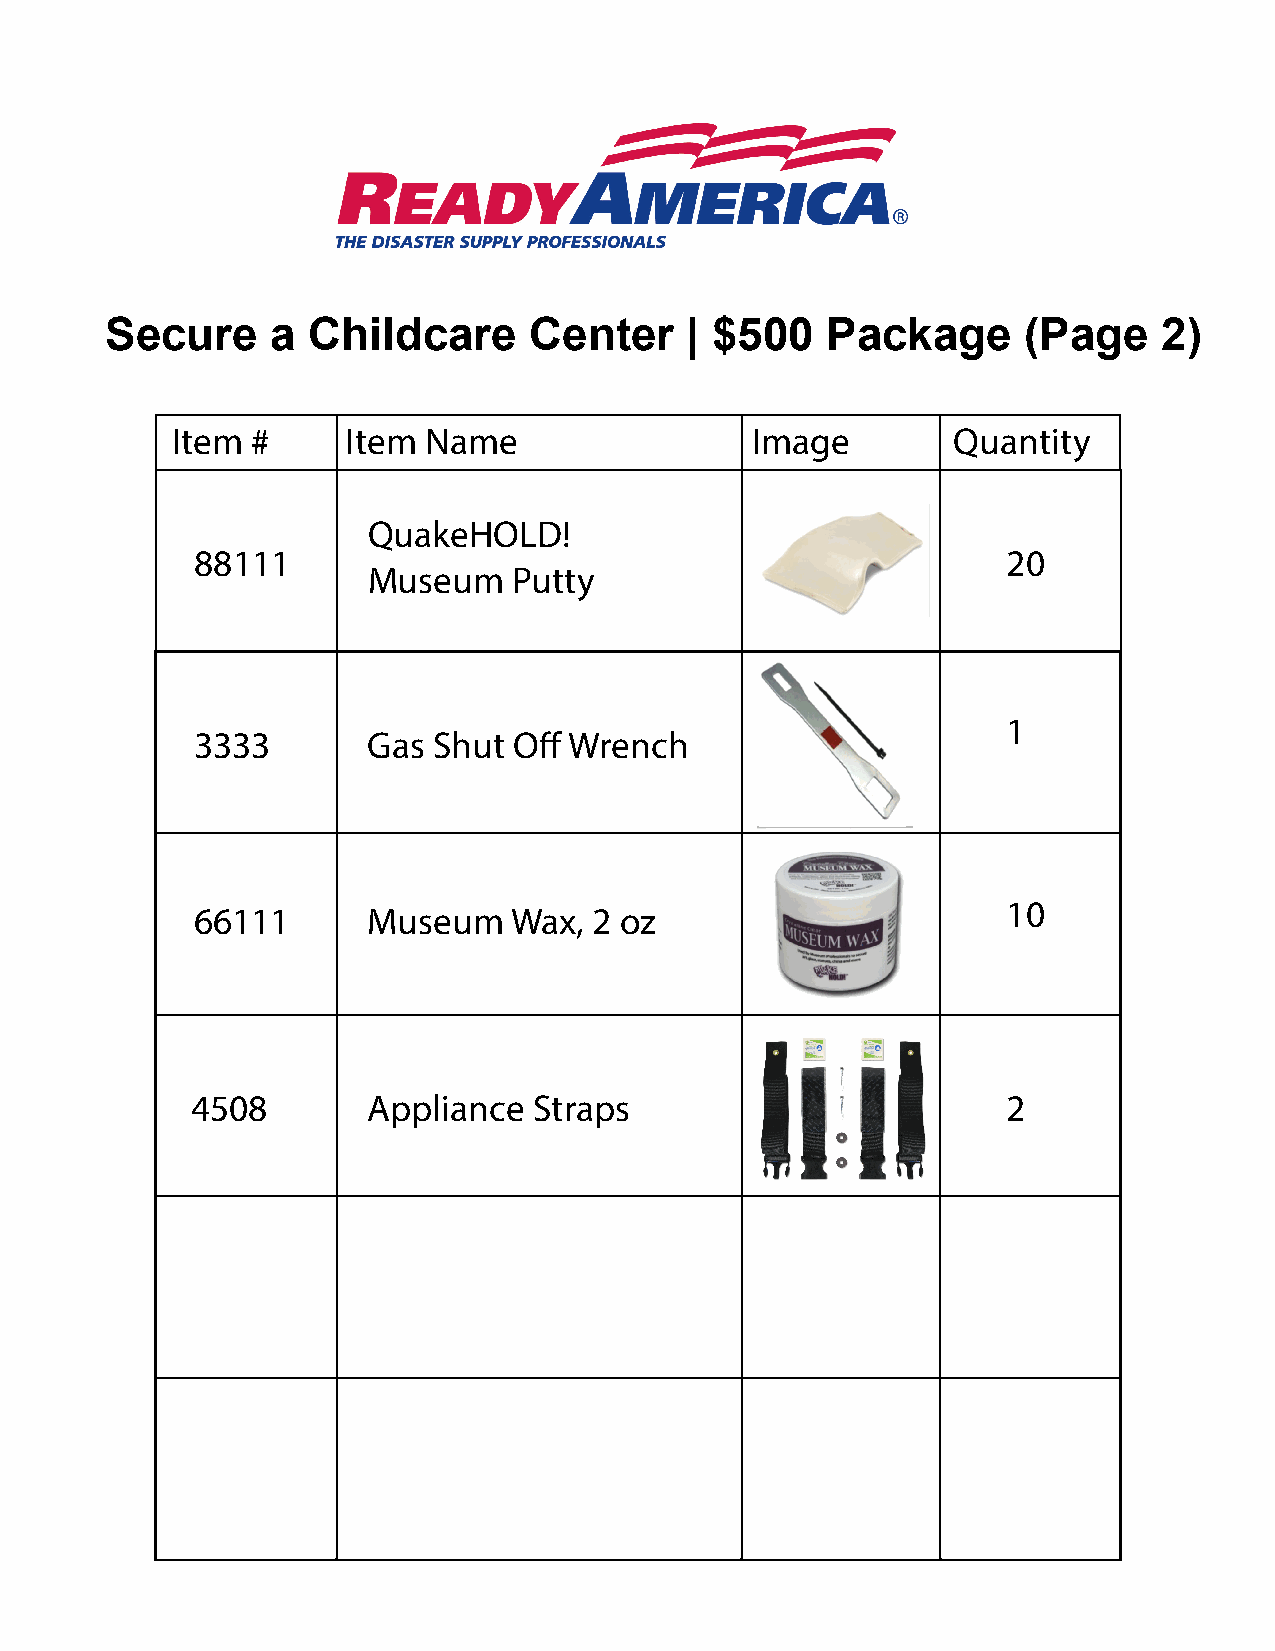
Secure     a Childcare      Center    | $500    Package      (Page    2)
 Item  #     Item Name                  Image        Quantity
 QuakeHOLD!
 88111                                                 20
 Museum    Putty
 1
 3333       Gas  Shut Off Wrench
 10
 66111      Museum    Wax, 2 oz
 4508       Appliance  Straps                          2